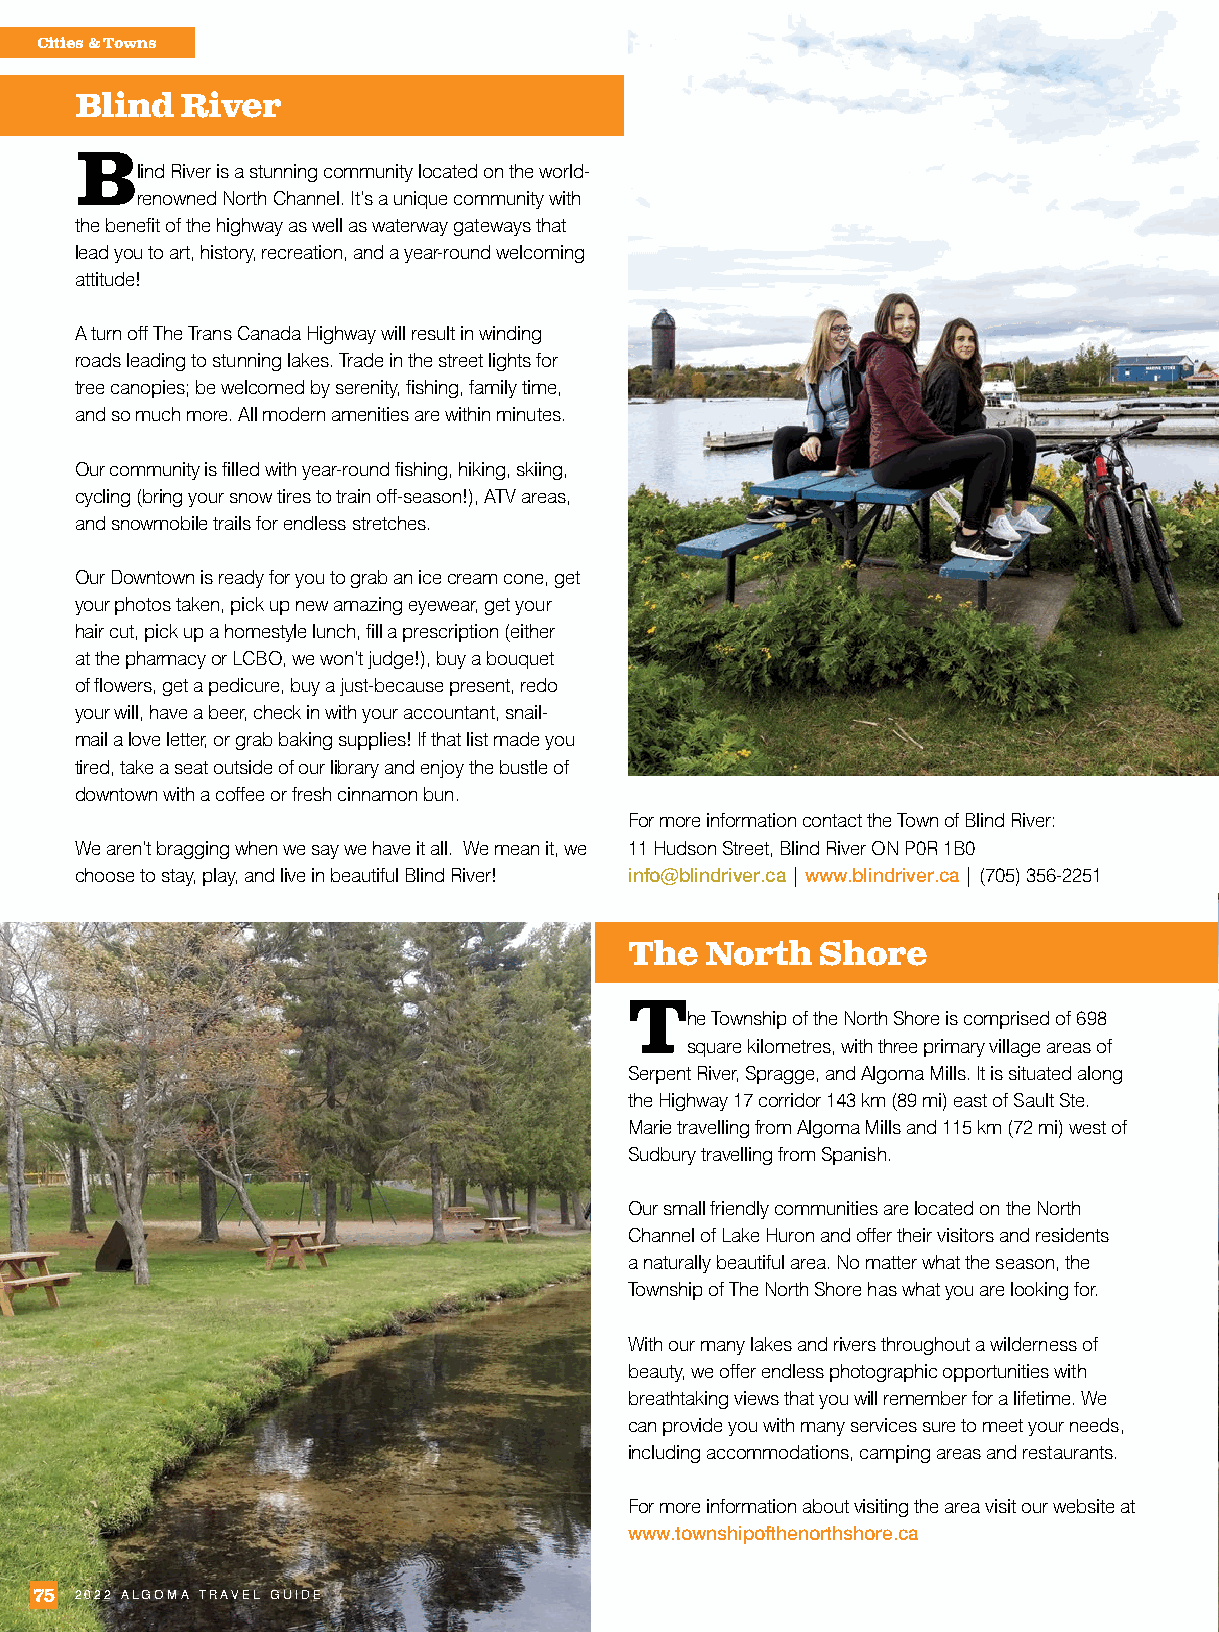
Cities & Towns
 Blind  River
 Blind River is a stunning community located on the world-
 renowned North Channel. It’s a unique community with
 the benefit of the highway as well as waterway gateways that
 lead you to art, history, recreation, and a year-round welcoming
 attitude!
 A turn off The Trans Canada Highway will result in winding
 roads leading to stunning lakes. Trade in the street lights for
 tree canopies; be welcomed by serenity, fishing, family time,
 and so much more. All modern amenities are within minutes.
 Our community is filled with year-round fishing, hiking, skiing,
 cycling (bring your snow tires to train off-season!), ATV areas,
 and snowmobile trails for endless stretches.
 Our Downtown is ready for you to grab an ice cream cone, get
 your photos taken, pick up new amazing eyewear, get your
 hair cut, pick up a homestyle lunch, fill a prescription (either
 at the pharmacy or LCBO, we won’t judge!), buy a bouquet
 of flowers, get a pedicure, buy a just-because present, redo
 your will, have a beer, check in with your accountant, snail-
 mail a love letter, or grab baking supplies! If that list made you
 tired, take a seat outside of our library and enjoy the bustle of
 downtown with a coffee or fresh cinnamon bun.
 For more information contact the Town of Blind River:
 We aren’t bragging when we say we have it all. We mean it, we 11 Hudson Street, Blind River ON P0R 1B0
 choose to stay, play, and live in beautiful Blind River! info@blindriver.ca | www.blindriver.ca | (705) 356-2251
 The  North  Shore
 The  Township of the North Shore is comprised of 698
 square kilometres, with three primary village areas of
 Serpent River, Spragge, and Algoma Mills. It is situated along
 the Highway 17 corridor 143 km (89 mi) east of Sault Ste.
 Marie travelling from Algoma Mills and 115 km (72 mi) west of
 Sudbury travelling from Spanish.
 Our small friendly communities are located on the North
 Channel of Lake Huron and offer their visitors and residents
 a naturally beautiful area. No matter what the season, the
 Township of The North Shore has what you are looking for.
 With our many lakes and rivers throughout a wilderness of
 beauty, we offer endless photographic opportunities with
 breathtaking views that you will remember for a lifetime. We
 can provide you with many services sure to meet your needs,
 including accommodations, camping areas and restaurants.
 For more information about visiting the area visit our website at
 www.townshipofthenorthshore.ca
 75 2022 ALGOMA TRAVEL GUIDE